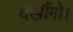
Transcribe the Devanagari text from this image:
देखौंगो।